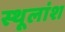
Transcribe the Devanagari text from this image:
स्थूलांश